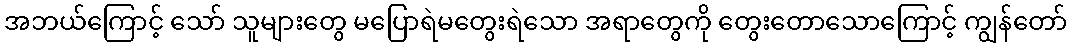
အဘယ်ကြောင့် သော် သူများတွေ မပြောရဲမတွေးရဲသော အရာတွေကို တွေးတောသောကြောင့် ကျွန်တော်